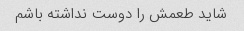
شاید طعمش را دوست نداشته باشم